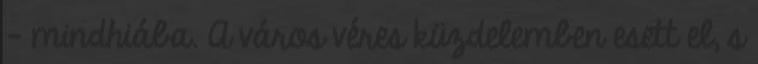
- mindhiába. A város véres küzdelemben esett el, s